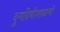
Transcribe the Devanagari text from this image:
दुर्गादेवीजवळची